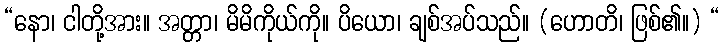
“နော၊ ငါတို့အား။ အတ္တာ၊ မိမိကိုယ်ကို။ ပိယော၊ ချစ်အပ်သည်။ (ဟောတိ၊ ဖြစ်၏။) “